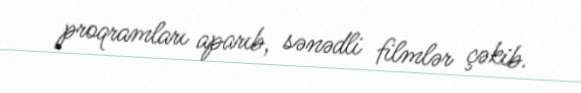
proqramları aparıb, sənədli filmlər çəkib.